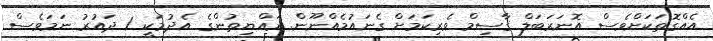
އެއްގޮތަކަށްވެސް އޮނަރަބަލް ޤާސިމް ވެރިކަމަށް ގެނައުމެއްނޫން. ރައްޔިތުންގެ އެދުމަކީ 1 ދައުރު ނަމަވެސް